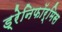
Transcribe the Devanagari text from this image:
ड्रेनिफॉर्मिस